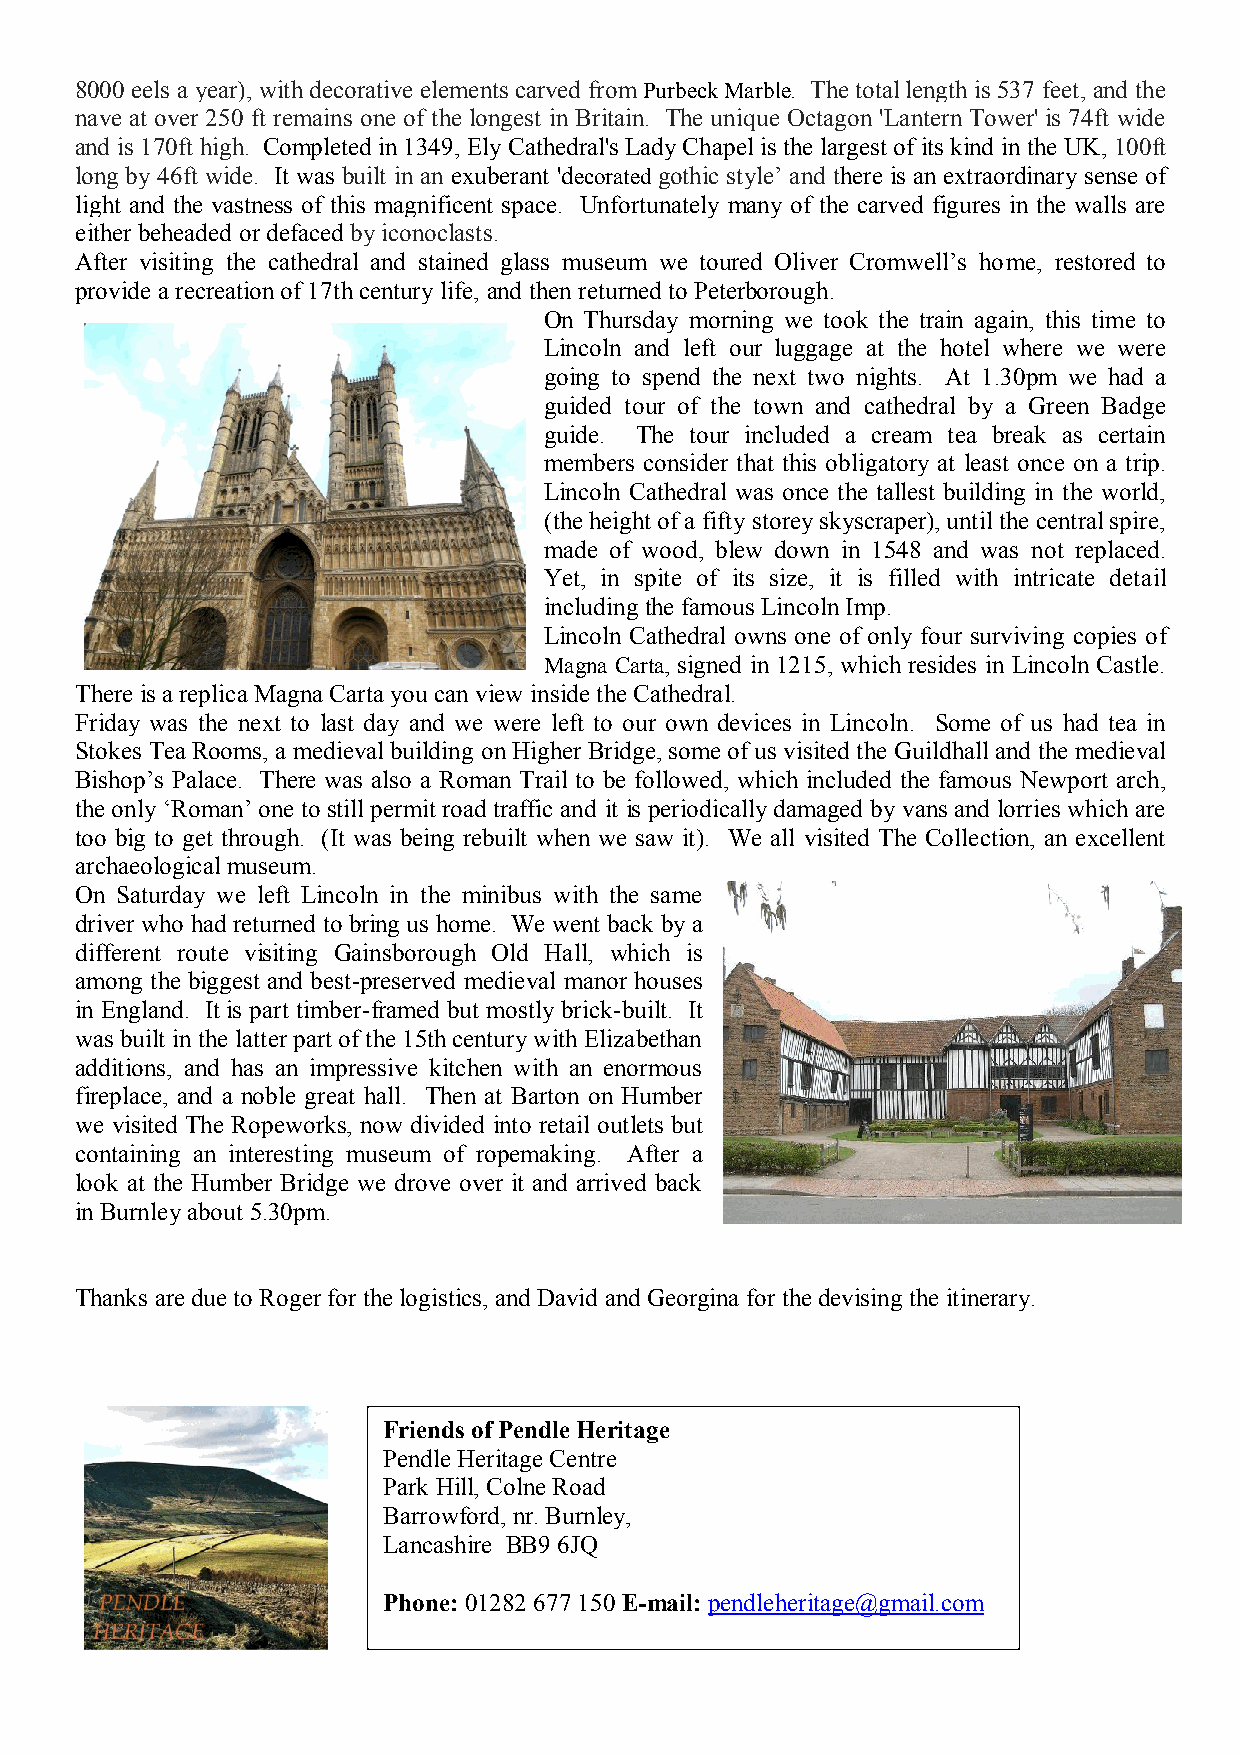
8000 eels a year), with decorative elements carved from Purbeck Marble. The total length is 537 feet, and the
 nave at over 250 ft remains one of the longest in Britain. The unique Octagon 'Lantern Tower' is 74ft wide
 and is 170ft high. Completed in 1349, Ely Cathedral's Lady Chapel is the largest of its kind in the UK, 100ft
 long by 46ft wide. It was built in an exuberant 'decorated gothic style’ and there is an extraordinary sense of
 light and the vastness of this magnificent space. Unfortunately many of the carved figures in the walls are
 either beheaded or defaced by iconoclasts.
 After visiting the cathedral and stained glass museum we toured Oliver Cromwell’s home, restored to
 provide a recreation of 17th century life, and then returned to Peterborough.
 On Thursday morning we took the train again, this time to
 Lincoln and left our luggage at the hotel where we were
 going to spend the next two nights. At 1.30pm we had a
 guided tour of the town and cathedral by a Green Badge
 guide. The tour included a cream tea break as certain
 members consider that this obligatory at least once on a trip.
 Lincoln Cathedral was once the tallest building in the world,
 (the height of a fifty storey skyscraper), until the central spire,
 made of wood, blew down in 1548 and was not replaced.
 Yet, in spite of its size, it is filled with intricate detail
 including the famous Lincoln Imp.
 Lincoln Cathedral owns one of only four surviving copies of
 Magna Carta, signed in 1215, which resides in Lincoln Castle.
 There is a replica Magna Carta you can view inside the Cathedral.
 Friday was the next to last day and we were left to our own devices in Lincoln. Some of us had tea in
 Stokes Tea Rooms, a medieval building on Higher Bridge, some of us visited the Guildhall and the medieval
 Bishop’s Palace. There was also a Roman Trail to be followed, which included the famous Newport arch,
 the only ‘Roman’ one to still permit road traffic and it is periodically damaged by vans and lorries which are
 too big to get through. (It was being rebuilt when we saw it). We all visited The Collection, an excellent
 archaeological museum.
 On Saturday we left Lincoln in the minibus with the same
 driver who had returned to bring us home. We went back by a
 different route visiting Gainsborough Old Hall, which is
 among the biggest and best-preserved medieval manor houses
 in England. It is part timber-framed but mostly brick-built. It
 was built in the latter part of the 15th century with Elizabethan
 additions, and has an impressive kitchen with an enormous
 fireplace, and a noble great hall. Then at Barton on Humber
 we visited The Ropeworks, now divided into retail outlets but
 containing an interesting museum of ropemaking. After a
 look at the Humber Bridge we drove over it and arrived back
 in Burnley about 5.30pm.
 Thanks are due to Roger for the logistics, and David and Georgina for the devising the itinerary.
 Friends of Pendle Heritage
 Pendle Heritage Centre
 Park Hill, Colne Road
 Barrowford, nr. Burnley,
 Lancashire BB9 6JQ
 Phone: 01282 677 150 E-mail: pendleheritage@gmail.com